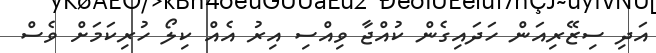
އަދި ސިޒޭރިއަން ހަދައިގެން ކުއްޖާ ވިއްސި އިރު އެއް ކިލޯ ހުރިކަމަށް ވެސް